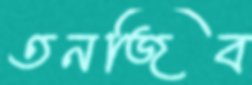
তনজিব